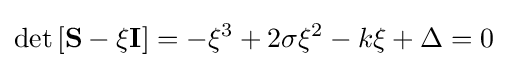
\det \left[\mathbf {S} -\xi \mathbf {I} \right]=-\xi ^{3}+2\sigma \xi ^{2}-k\xi +\Delta =0